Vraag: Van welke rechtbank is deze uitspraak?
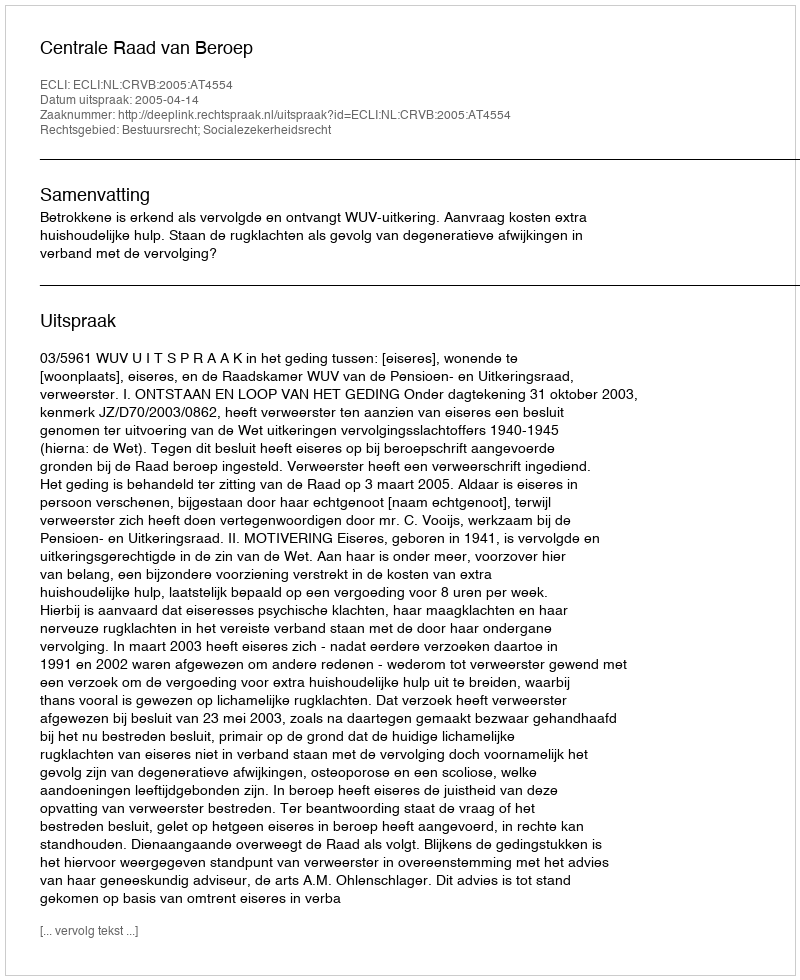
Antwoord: Centrale Raad van Beroep